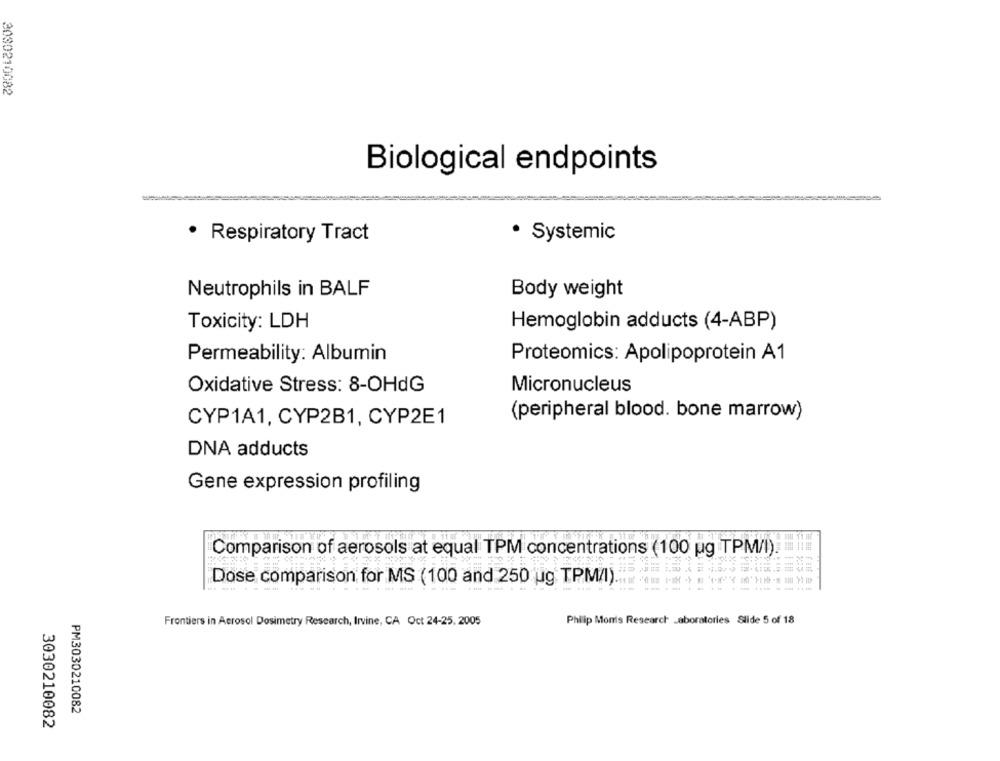
3030210082
Biological endpoints
· Systemic
· Respiratory Tract
Neutrophils in BALF
Body weight
Toxicity: LDH
Hemoglobin adducts (4-ABP)
Permeability: Albumin
Proteomics: Apolipoprotein A1
Oxidative Stress: 8-OHdG
Micronucleus
(peripheral blood. bone marrow)
CYP1A1, CYP2B1, CYP2E1
DNA adducts
Gene expression profiling
Comparison of aerosols at equal TPM concentrations (100 ug TPM/I).
Dose comparison for MS (100 and 250 ug TPMAI).
Frontiers in Aerosol Dosimetry Research, Irvine, CA Oct 24-25, 2005
Philip Monis Research Laboratories Slide 5 of 18
PM3030210082
3030210082